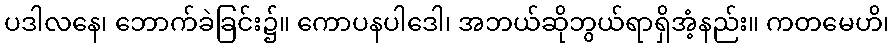
ပဒါလနေ၊ ဘောက်ခဲခြင်း၌။ ကောပနပါဒေါ၊ အဘယ်ဆိုဘွယ်ရာရှိအံ့နည်း။ ကတမေဟိ၊